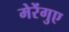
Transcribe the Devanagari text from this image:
मेरेंगुए